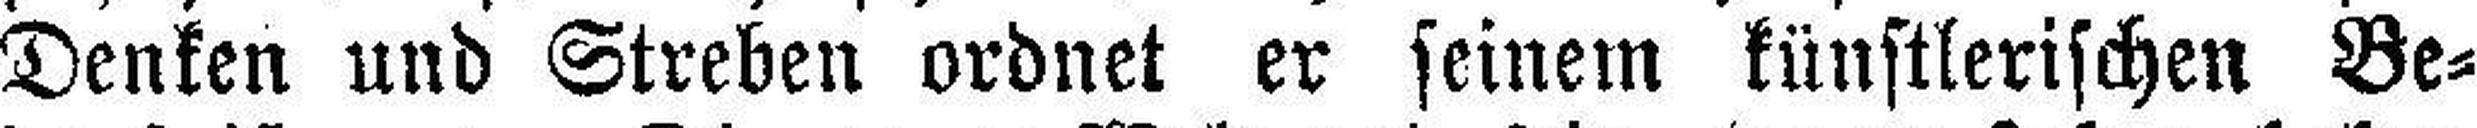
Denken und Streben ordnet er seinem künstlerischen Be¬